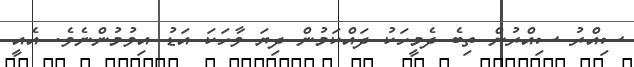
ސިއްރު ސިއްރުން ތިބެ ދެމީހަކު ދައްކަމުން ދިޔަ ވާހަކަ އަޑު އިވުމުންނެވެ. އެއީ